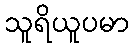
သူရိယူပမာ